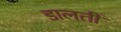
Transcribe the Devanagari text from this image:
डालतीं